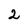
Character: 2